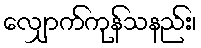
လျှောက်ကုန်သနည်း၊